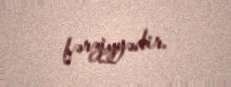
fərziyyədir.